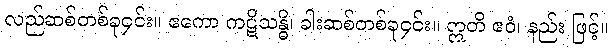
လည်ဆစ်တစ်ခု၄င်း။ ဧကော ကဋိသန္ဓိ၊ ခါးဆစ်တစ်ခု၄င်း။ ဣတိ ဧဝံ၊ နည်း ဖြင့်။